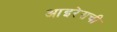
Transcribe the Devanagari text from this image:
आइरेसची